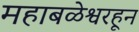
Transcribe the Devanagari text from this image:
महाबळेश्वरहून